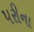
પરીના